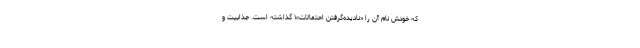
که خودش نام آن را «نادیده‌گرفتن احتمالات»۱ ‌گذاشته است. جذابیت و